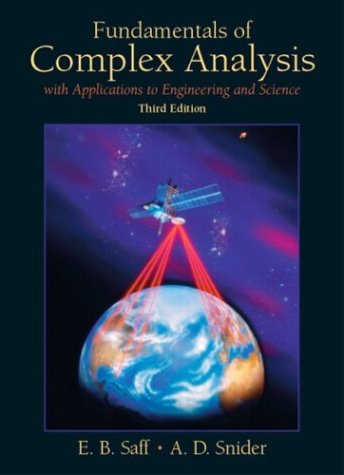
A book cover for Fundamentals of Complex Analysis  with Applications to Engineering,  Science, and Mathematics (3rd Edition); Edward B. Saff; Science & Math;